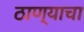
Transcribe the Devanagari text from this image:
ठाण्याचा